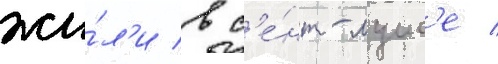
жи́л'и в с'е́нт-луис'е /